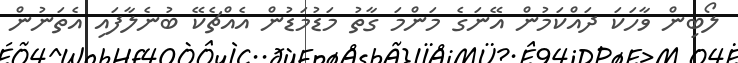
ލޯބިން ވާހަކަ ދައްކަމުން އޭނަގެ މަންމަ ގާތު މަޑުމަޑުން އެއްޗެކޭ ބުނެލާފައި އެތަނުން